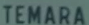
TEMARA